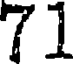
71